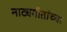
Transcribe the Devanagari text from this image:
नाट्यगीतांच्या